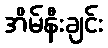
အိမ်နီးချင်း